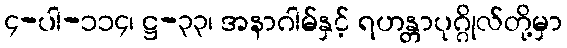
၄-ပါ-၁၁၄၊ ဋ္ဌ-၃၃၊ အနာဂါမ်နှင့် ရဟန္တာပုဂ္ဂိုလ်တို့မှာ